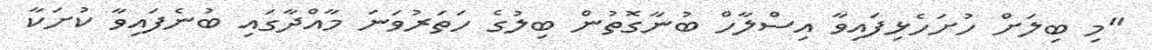
"މި ބިލަށް ހުށަހެޅިފައިވާ އިސްލާހް ބުނާގޮތުން ބިލުގެ ހަތަރުވަނަ މާއްދާގައި ބުނެފައިވާ ކުށަކާ